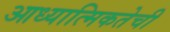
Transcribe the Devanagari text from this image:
आध्यात्मिकतेची